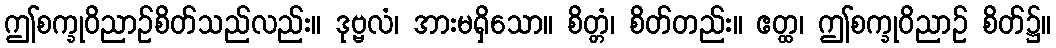
ဤစက္ခုဝိညာဉ်စိတ်သည်လည်း။ ဒုဗ္ဗလံ၊ အားမရှိသော။ စိတ္တံ၊ စိတ်တည်း။ ဧတ္ထ၊ ဤစက္ခုဝိညာဉ် စိတ်၌။